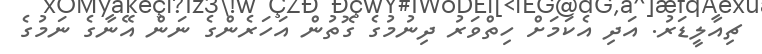
ޗިއާލީޑަރު. އަދި އެކަމަށް ހިތްވަރު ދިނުމުގެ ގޮތުން އަހަރެންގެ ނަން އޭނާގެ ނަމުގެ